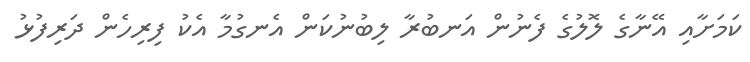
ކަމަށާއި އޭނާގެ ލޮލުގެ ފެނުން އަނބުރާ ލިބުނުކަން އެނގުމާ އެކު ފިރިހެން ދަރިފުޅު